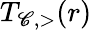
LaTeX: T_{\mathscr{C},>}(r)